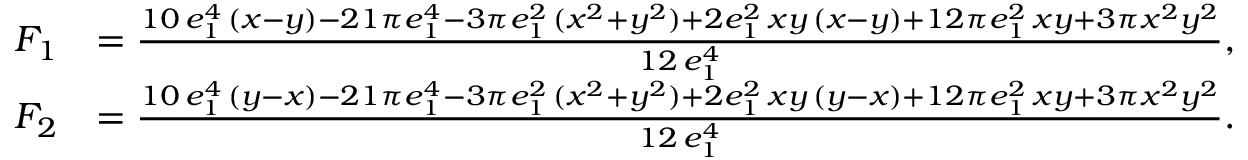
\begin{array} { r l } { F _ { 1 } } & { = \frac { 1 0 \, e _ { 1 } ^ { 4 } \, ( x - y ) - 2 1 \pi e _ { 1 } ^ { 4 } - 3 \pi e _ { 1 } ^ { 2 } \, ( x ^ { 2 } + y ^ { 2 } ) + 2 e _ { 1 } ^ { 2 } \, x y \, ( x - y ) + 1 2 \pi e _ { 1 } ^ { 2 } \, x y + 3 \pi x ^ { 2 } y ^ { 2 } } { 1 2 \, e _ { 1 } ^ { 4 } } , } \\ { F _ { 2 } } & { = \frac { 1 0 \, e _ { 1 } ^ { 4 } \, ( y - x ) - 2 1 \pi e _ { 1 } ^ { 4 } - 3 \pi e _ { 1 } ^ { 2 } \, ( x ^ { 2 } + y ^ { 2 } ) + 2 e _ { 1 } ^ { 2 } \, x y \, ( y - x ) + 1 2 \pi e _ { 1 } ^ { 2 } \, x y + 3 \pi x ^ { 2 } y ^ { 2 } } { 1 2 \, e _ { 1 } ^ { 4 } } . } \end{array}